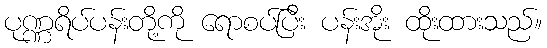
ပုဏ္ဏရိပ်ပန်းတို့ကို ရောစပ်ပြီး ပန်းအိုး ထိုးထားသည်။